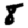
Digit: 8